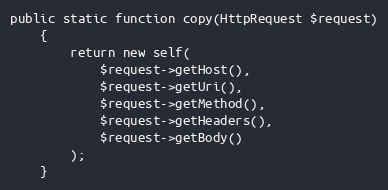
Language: PHP
public static function copy(HttpRequest $request)
    {
        return new self(
            $request->getHost(),
            $request->getUri(),
            $request->getMethod(),
            $request->getHeaders(),
            $request->getBody()
        );
    }